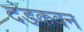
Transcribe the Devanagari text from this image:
दंडकवन